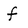
Character: f